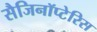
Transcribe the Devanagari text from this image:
सैजिनॉप्टेरिस